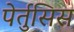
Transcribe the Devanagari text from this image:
पेर्तुसिस